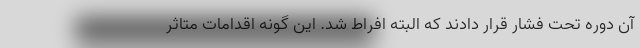
آن دوره تحت فشار قرار دادند که البته افراط شد. این گونه اقدامات متاثر